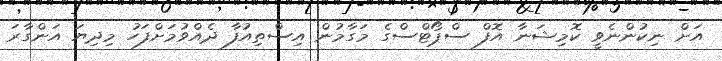
އަށް ނިކުންނެވީ ކޮމިޝަނާ އޮފް ސްޕޯޓްސްގެ މަގާމުން އިސްތިއުފާ ދެއްވުމަށްފަހު މިދިޔަ އަންގާރަ